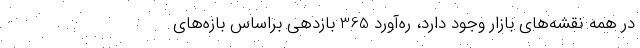
در همه نقشه‌های بازار وجود دارد، ره‌آورد 365 بازدهی براساس بازه‌های